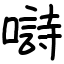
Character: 𡀗